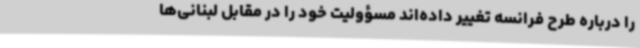
را درباره طرح فرانسه تغییر داده‌اند مسؤولیت خود را در مقابل لبنانی‌ها